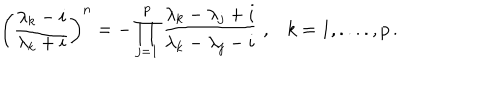
LaTeX: \left( \frac { \lambda _ { k } - i } { \lambda _ { k } + i } \right) ^ { n } = - \prod _ { j = 1 } ^ { p } \frac { \lambda _ { k } - \lambda _ { j } + i } { \lambda _ { k } - \lambda _ { j } - i } \; , k = 1 , . . . . , p \, .